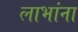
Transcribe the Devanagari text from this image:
लाभांना